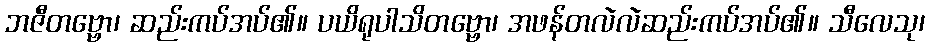
ဘဇီတဗ္ဗော၊ ဆည်းကပ်အပ်၏။ ပယိရုပါသိတဗ္ဗော၊ အဖန်တလဲလဲဆည်းကပ်အပ်၏။ သီလေသု၊